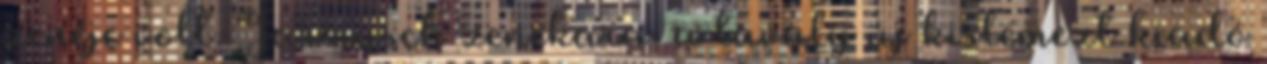
zenéje volt. Jarmusch zenekara, a tavaly új kislemezt kiadó